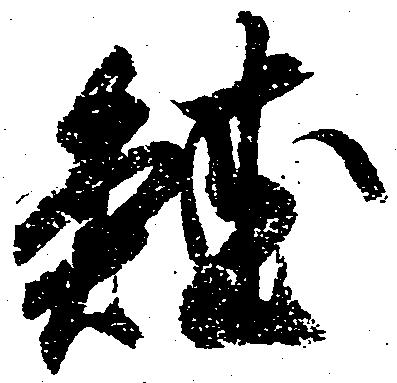
鮭